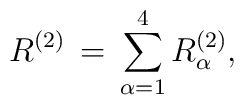
R^{(2)}\,=\,\sum_{\alpha=1}^{4}R^{(2)}_{\alpha},